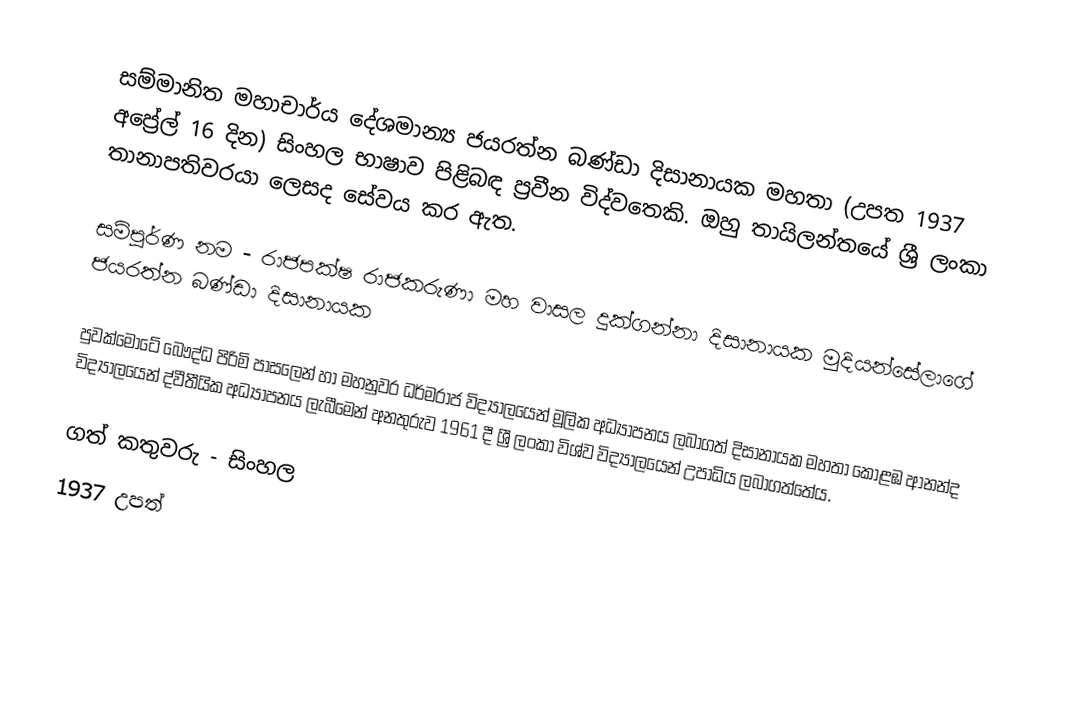
සම්මානිත මහාචාර්ය දේශමාන්‍ය  ජයරත්න බණ්ඩා දිසානායක මහතා (උපත 1937 අප්‍රේල් 16 දින)  සිංහල භාෂාව පිළිබඳ ප්‍රවීන විද්වතෙකි. ඔහු තායිලන්තයේ ශ්‍රී ලංකා තානාපතිවරයා ලෙසද සේවය කර ඇත.

සම්පූර්ණ නම - රාජපක්ෂ රාජකරුණා මහ වාසල දුක්ගන්නා දිසානායක මුදියන්සේලාගේ ජයරත්න බණ්ඩා දිසානායක

පුවක්මොටේ බෞද්ධ පිරිමි පාසලෙන් හා මහනුවර ධර්මරාජ විද්‍යාලයෙන් මූලික අධ්‍යාපනය ලබාගත් දිසානායක මහතා කොළඹ ආනන්ද විද්‍යාලයෙන් ද්වීතීයික අධ්‍යාපනය ලැබීමෙන් අනතුරුව 1961 දී ශ්‍රී ලංකා විශ්ව විද්‍යාලයෙන් උපාධිය ලබාගත්තේය.

ගත් කතුවරු - සිංහල
1937 උපත්